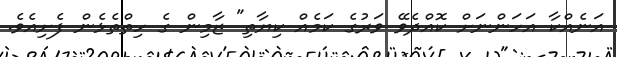
އަނެއްކާ އަހަންނަށް ކޮއްދެވޭ ވަރުގެ ކަމެއް ކިޔާތި" ޒާމިން ގެ ހިތްތެޅެން ފެށިއެވެ.